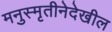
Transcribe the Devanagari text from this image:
मनुस्मृतीनेदेखील